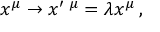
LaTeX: x ^ { \mu } \rightarrow x ^ { \prime } \, ^ { \mu } = \lambda x ^ { \mu } \, ,